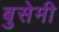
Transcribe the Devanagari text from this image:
बुसेमी